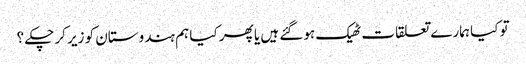
تو کیا ہمارے تعلقات ٹھیک ہوگئے ہیں یا پھر کیا ہم ہندوستان کو زیر کرچکے ؟